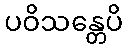
ပဝိသန္တေပိ